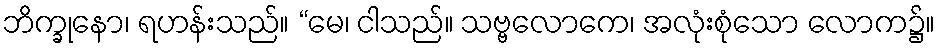
ဘိက္ခုနော၊ ရဟန်းသည်။ “မေ၊ ငါသည်။ သဗ္ဗလောကေ၊ အလုံးစုံသော လောက၌။